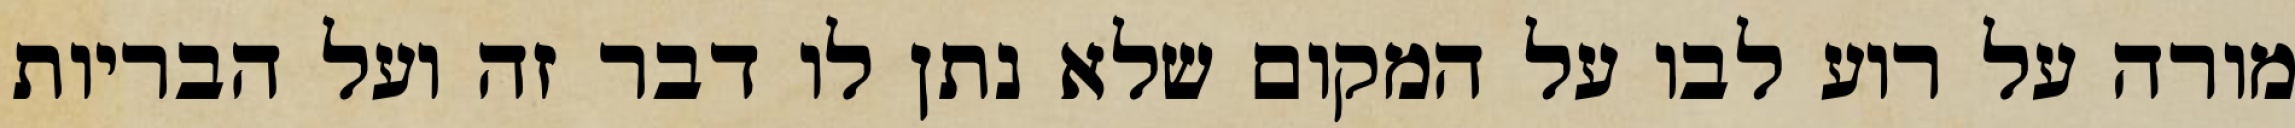
מורה על רוע לבו על המקום שלא נתן לו דבר זה ועל הבריות